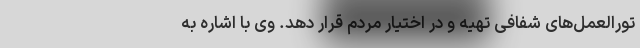
تورالعمل‌های شفافی تهیه و در اختیار مردم قرار دهد. وی با اشاره به